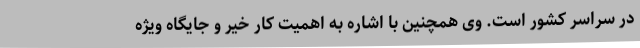
در سراسر کشور است. وی همچنین با اشاره به اهمیت کار خیر و جایگاه ویژه